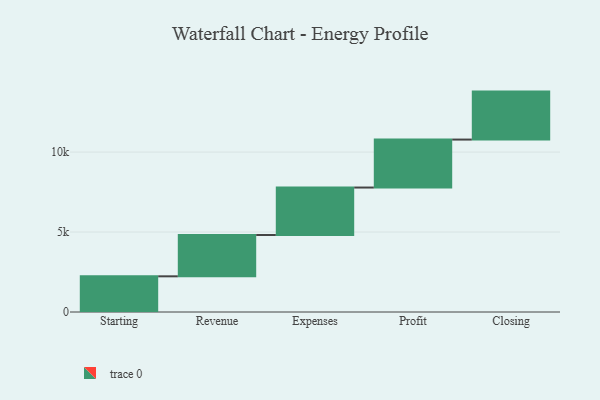
{"axis": {"x": "Step", "y": "Value"}, "legend": [""], "data": [{"x": "Starting", "y": 2231.0, "type": ""}, {"x": "Revenue", "y": 2584.0, "type": ""}, {"x": "Expenses", "y": 2968.0, "type": ""}, {"x": "Profit", "y": 3000, "type": ""}, {"x": "Closing", "y": 3000, "type": ""}]}